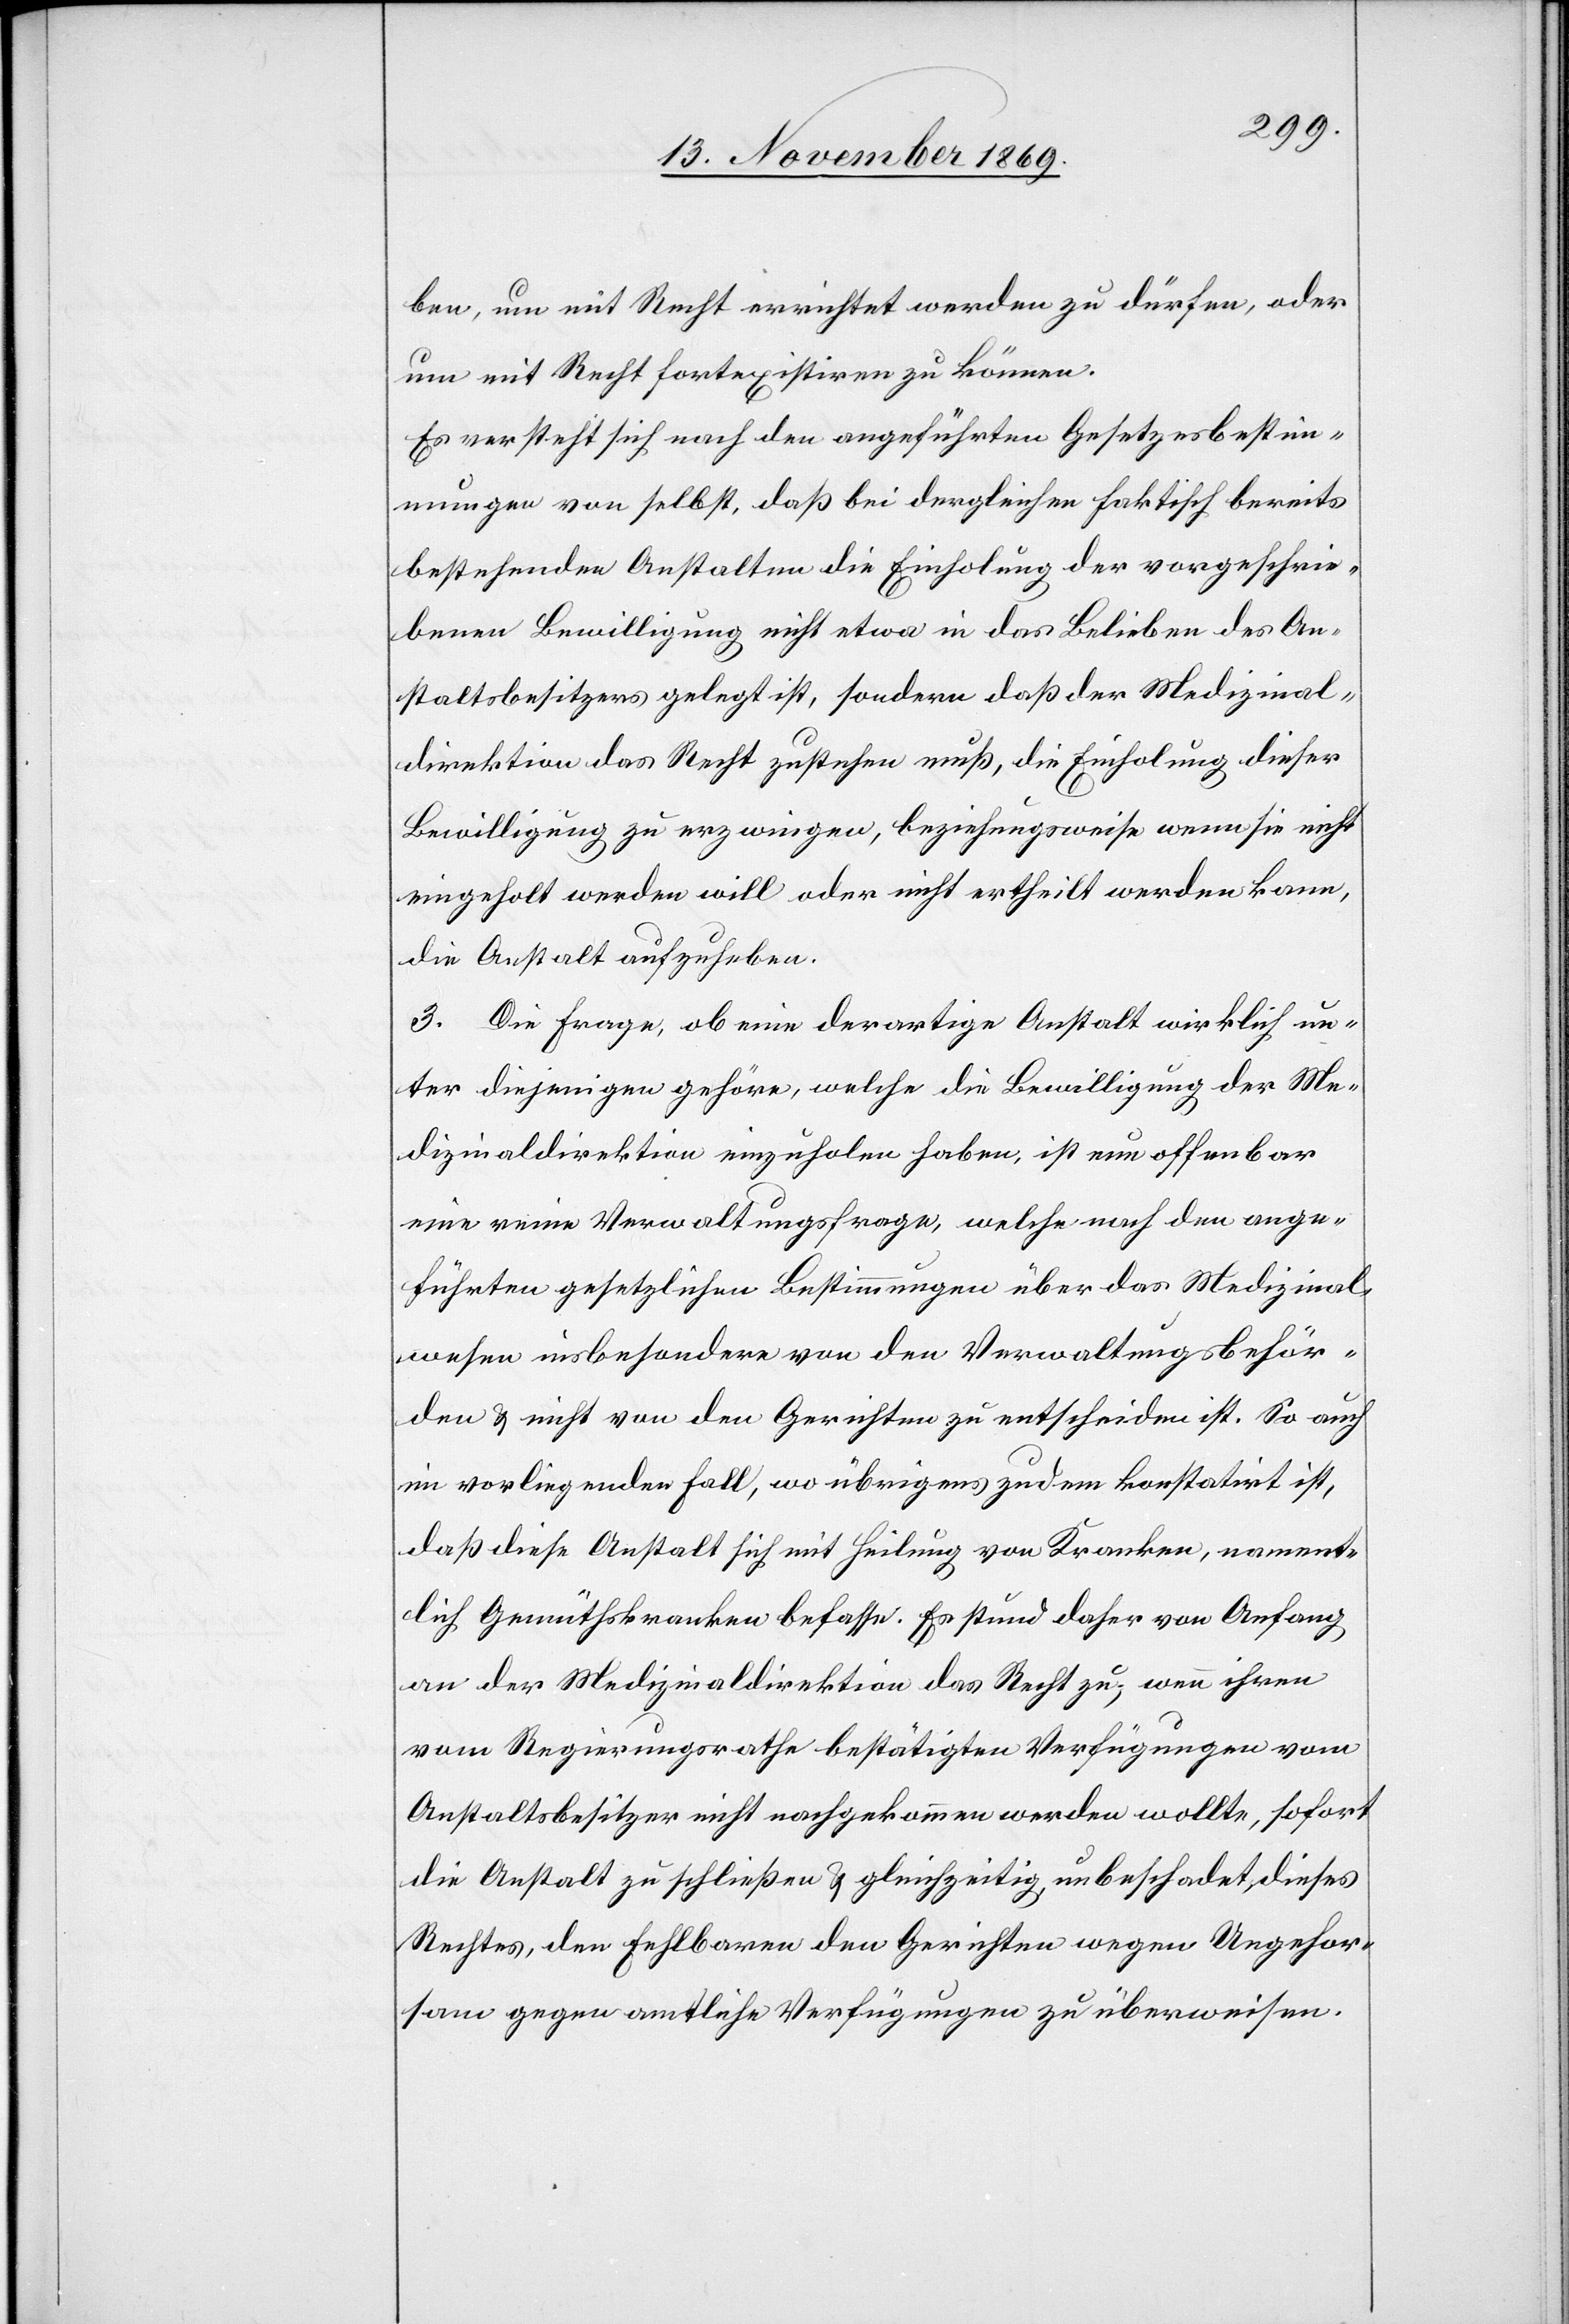
ben, um mit Recht errichtet werden zu dürfen, oder
um mit Recht fortexistiren zu können.
Es versteht sich nach den angeführten Gesetzesbestim¬
mungen von selbst, daß bei dergleichen faktisch bereits
bestehenden Anstalten die Einholung der vorgeschrie¬
benen Bewilligung nicht etwa in das Belieben des An¬
staltsbesitzers gelegt ist, sondern daß der Medizinal¬
direktion das Recht zustehen muß, die Einholung dieser
Bewilligung zu erzwingen, beziehungsweise wenn sie nicht
eingeholt werden will oder nicht ertheilt werden kann,
die Anstalt aufzuheben.
3. Die Frage, ob eine derartige Anstalt wirklich un¬
ter diejenigen gehöre, welche die Bewilligung der Me¬
dizinaldirektion einzuholen haben, ist nun offenbar
eine reine Verwaltungsfrage, welche nach den ange¬
führten gesetzlichen Bestimmungen über das Medizinal¬
wesen insbesondere von den Verwaltungsbehör¬
den & nicht von den Gerichten zu entscheiden ist. So auch
im vorliegenden Fall, wo übrigens zudem konstatirt ist,
daß diese Anstalt sich mit Heilung von kranken, nament¬
lich Gemüthskranken befasse. Es stund daher von Anfang
an der Medizinaldirektion das Recht zu, wenn ihren
vom Regierungsrathe bestätigten Verfügungen vom
Anstaltsbesitzer nicht nachgekommen werden wollte, sofort
die Anstalt zu schließen & gleichzeitig, unbeschadet dieses
Rechtes, den Fehlbaren den Gerichten wegen Ungehor¬
sam gegen amtliche Verfügungen zu überweisen.